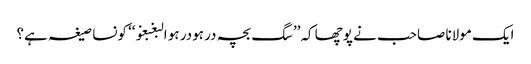
ایک مولانا صاحب نے پوچھا کہ’’سگ بچہ در ہودر ہو البغبغو‘‘ کونسا صیغہ ہے؟